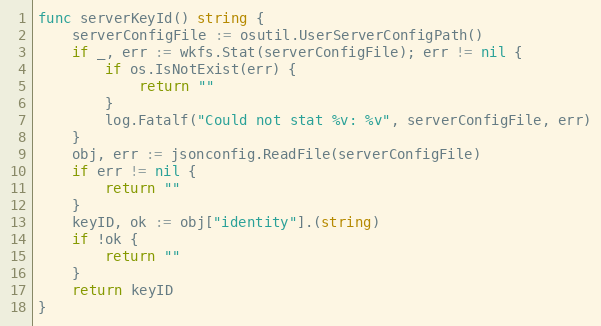
Language: Go
func serverKeyId() string {
	serverConfigFile := osutil.UserServerConfigPath()
	if _, err := wkfs.Stat(serverConfigFile); err != nil {
		if os.IsNotExist(err) {
			return ""
		}
		log.Fatalf("Could not stat %v: %v", serverConfigFile, err)
	}
	obj, err := jsonconfig.ReadFile(serverConfigFile)
	if err != nil {
		return ""
	}
	keyID, ok := obj["identity"].(string)
	if !ok {
		return ""
	}
	return keyID
}